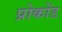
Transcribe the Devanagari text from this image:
प्रोकोंड